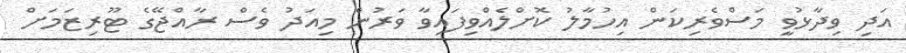
އަދި ވިދާޅުވީ މަސްވެރިކަން އިހުމާލު ކޮށްލެއްވިފައިވާ ވަރުން މިއަދު ވެސް ރާއްޖޭގެ ޓޫރިޒަމަށް